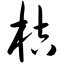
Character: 桔